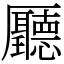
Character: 㕔